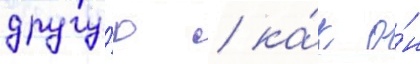
другу́ю / ка́к о́н